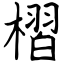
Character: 槢